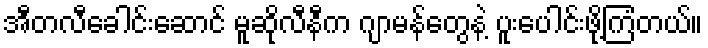
အီတလီခေါင်းဆောင် မူဆိုလီနီက ဂျာမန်တွေနဲ့ ပူးပေါင်းဖို့ကြံတယ်။